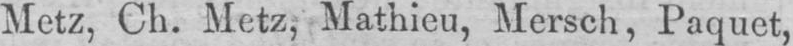
Metz, Ch. Metz, Mathieu, Mersch, Paquet,